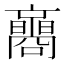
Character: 𡄚